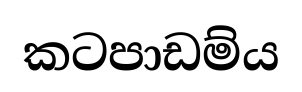
කටපාඩම්ය